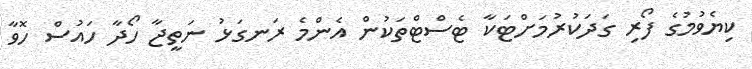
ކިޔެވުމުގެ ފޯރި ގަދަކުރުމަށްޓަކާ ޓެސްޓްތަކުން އެންމެ ރަނގަޅު ނަތީޖާ ހޯދާ ހައުސް ހޮވާ